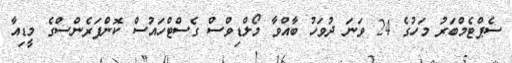
ސެޕްޓެމްބަރު މަހުގެ 24 ވަނަ ދުވަހު ބާއްވާ މޯލްޑިވްސް ގެސްޓްހައުސް ކޮންފަރެންސްގެ މީޑިއާ